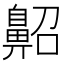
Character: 𪖠